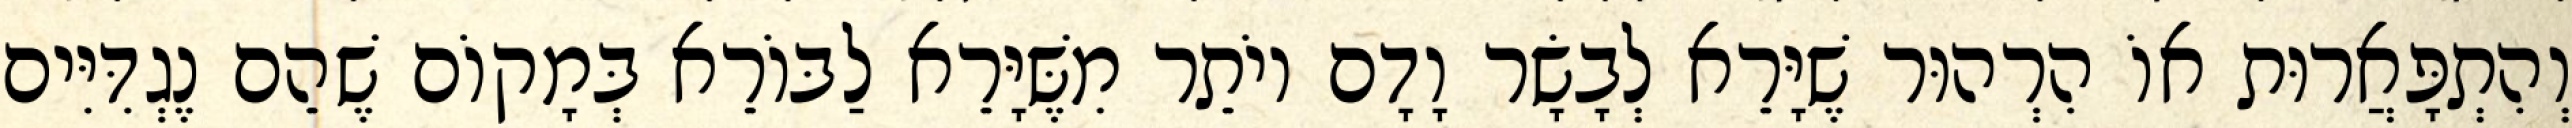
וְהִתְפָּאֲרוּת אוֹ הִרְהוּר שֶׁיָּרֵא לְבָשָׂר וָדָם יוֹתֵר מִשֶּׁיָּרֵא לַבּוֹרֵא בְּמָקוֹם שֶׁהֵם נֶגְדִּיִּים